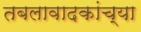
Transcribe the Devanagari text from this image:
तबलावादकांच्या